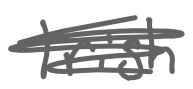
Text: Irish
Cross-out: scratch
Writing tool: digital_gray